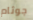
جوثام